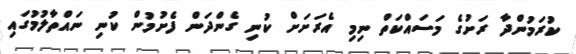
ކުރަމުންދާ ރަށުގެ މަސައްކަތް ނިމި އެރަށަށް ކުނި ގެންދަން ފެށުމުން ކުނި ނައްތާލުމުގައި